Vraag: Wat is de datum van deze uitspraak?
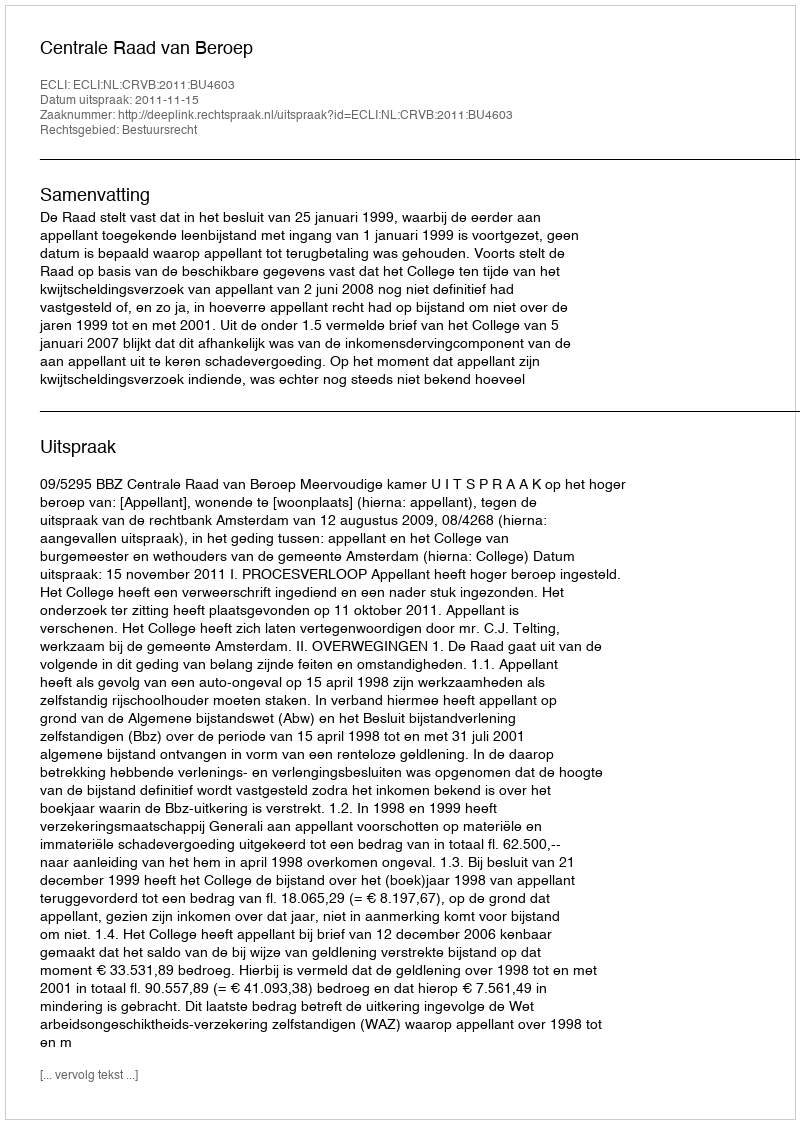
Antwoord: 2011-11-15